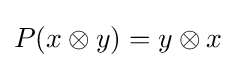
P(x\otimes y)=y\otimes x